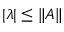
| \lambda | \leq \| A \|